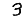
Digit: 3